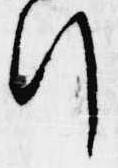
行